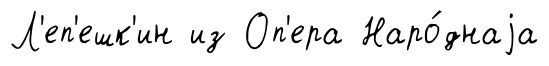
Л'еп'ешк'ин из Оп'ера Наро́днаjа